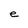
Character: e